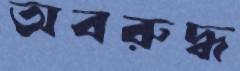
অবরুদ্ধ